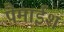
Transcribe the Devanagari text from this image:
पैमाईश